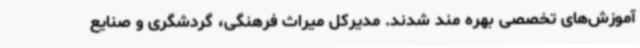
آموزش‌های تخصصی بهره مند شدند. مدیرکل میراث فرهنگی، گردشگری و صنایع